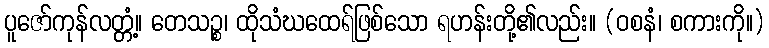
ပူဇော်ကုန်လတ္တံ့။ တေသဉ္စ၊ ထိုသံဃထေရ်ဖြစ်သော ရဟန်းတို့၏လည်း။ (ဝစနံ၊ စကားကို။)